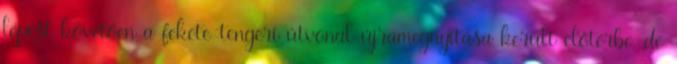
lépést követően a fekete-tengeri útvonal újramegnyitása került előtérbe, de